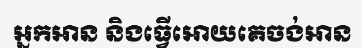
អ្នកអាន និងធ្វើអោយគេចង់អាន